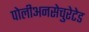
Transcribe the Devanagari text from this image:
पोलीअनसेचुरेटेड